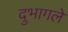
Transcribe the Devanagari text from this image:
दुभागले